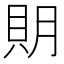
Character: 𧵂